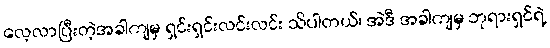
လေ့လာပြီးတဲ့အခါကျမှ ရှင်းရှင်းလင်းလင်း သိပါတယ်၊ အဲဒီ အခါကျမှ ဘုရားရှင်ရဲ့